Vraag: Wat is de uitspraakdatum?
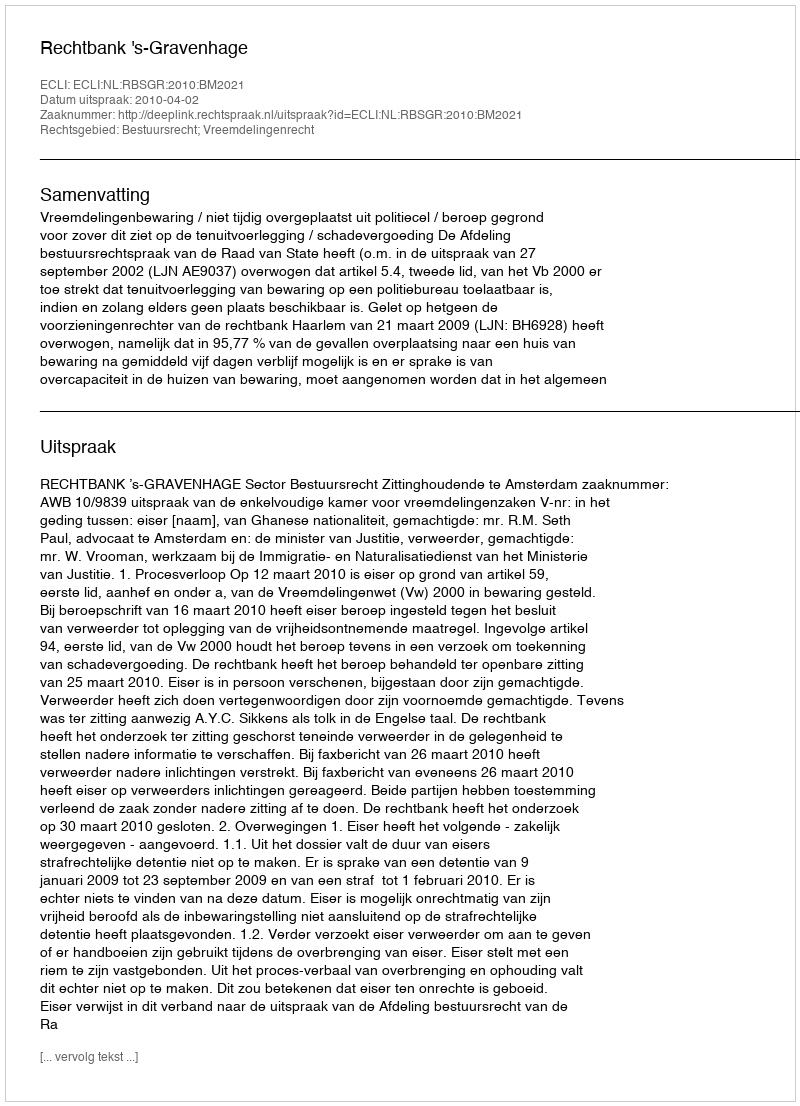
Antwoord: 2010-04-02